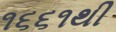
૧૬૬૧થી